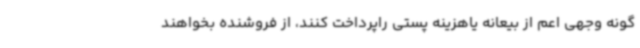
گونه وجهی اعم از بیعانه یاهزینه پستی راپرداخت کنند، از فروشنده بخواهند